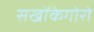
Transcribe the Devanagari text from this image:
सखोंकेगोरो